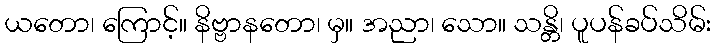
ယတော၊ ကြောင့်။ နိဗ္ဗာနတော၊ မှ။ အညာ၊ သော။ သန္တိ၊ ပူပန်ခပ်သိမ်း